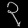
Digit: ၃